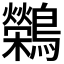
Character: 𬷷